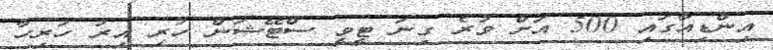
އިންޑިއާގައި 500 އަށް ވުރެ ގިނަ ޓީވީ ސްޓޭޝަން ހުރި އިރު ހުރިހާ